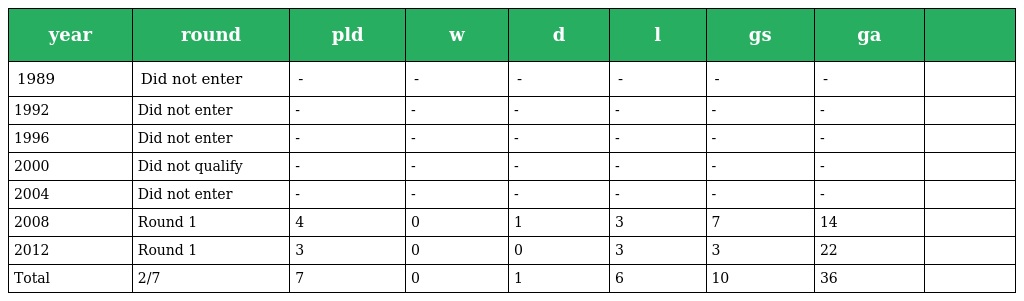
| year | round | pld | w | d | l | gs | ga |  |
 | --- | --- | --- | --- | --- | --- | --- | --- | --- |
 | 1989 | Did not enter | - | - | - | - | - | - |  |
 | 1992 | Did not enter | - | - | - | - | - | - |  |
 | 1996 | Did not enter | - | - | - | - | - | - |  |
 | 2000 | Did not qualify | - | - | - | - | - | - |  |
 | 2004 | Did not enter | - | - | - | - | - | - |  |
 | 2008 | Round 1 | 4 | 0 | 1 | 3 | 7 | 14 |  |
 | 2012 | Round 1 | 3 | 0 | 0 | 3 | 3 | 22 |  |
 | Total | 2/7 | 7 | 0 | 1 | 6 | 10 | 36 |  |